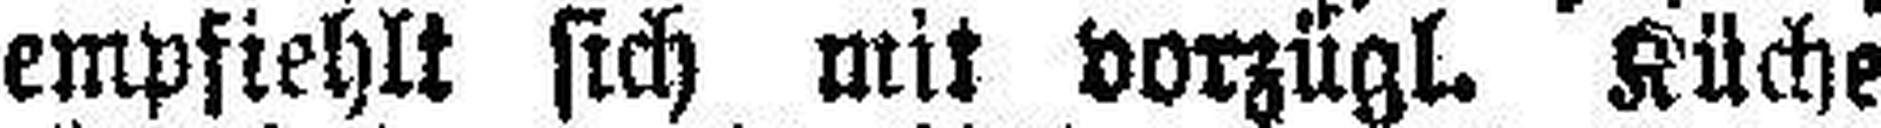
empfiehlt sich mit vorzügl. Küche